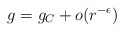
\begin{align*}g = g_C + o(r^{-\epsilon})\end{align*}